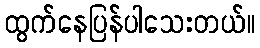
ထွက်နေပြန်ပါသေးတယ်။